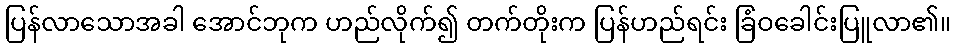
ပြန်လာသောအခါ အောင်ဘုက ဟည်လိုက်၍ တက်တိုးက ပြန်ဟည်ရင်း ခြံဝခေါင်းပြူလာ၏။